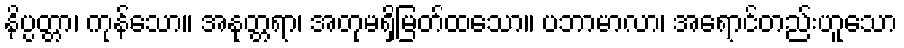
နိပ္ပတ္တာ၊ ကုန်သော။ အနုတ္တရာ၊ အတုမရှိမြတ်ထသော။ ပဘာမာလာ၊ အရောင်တည်းဟူသော